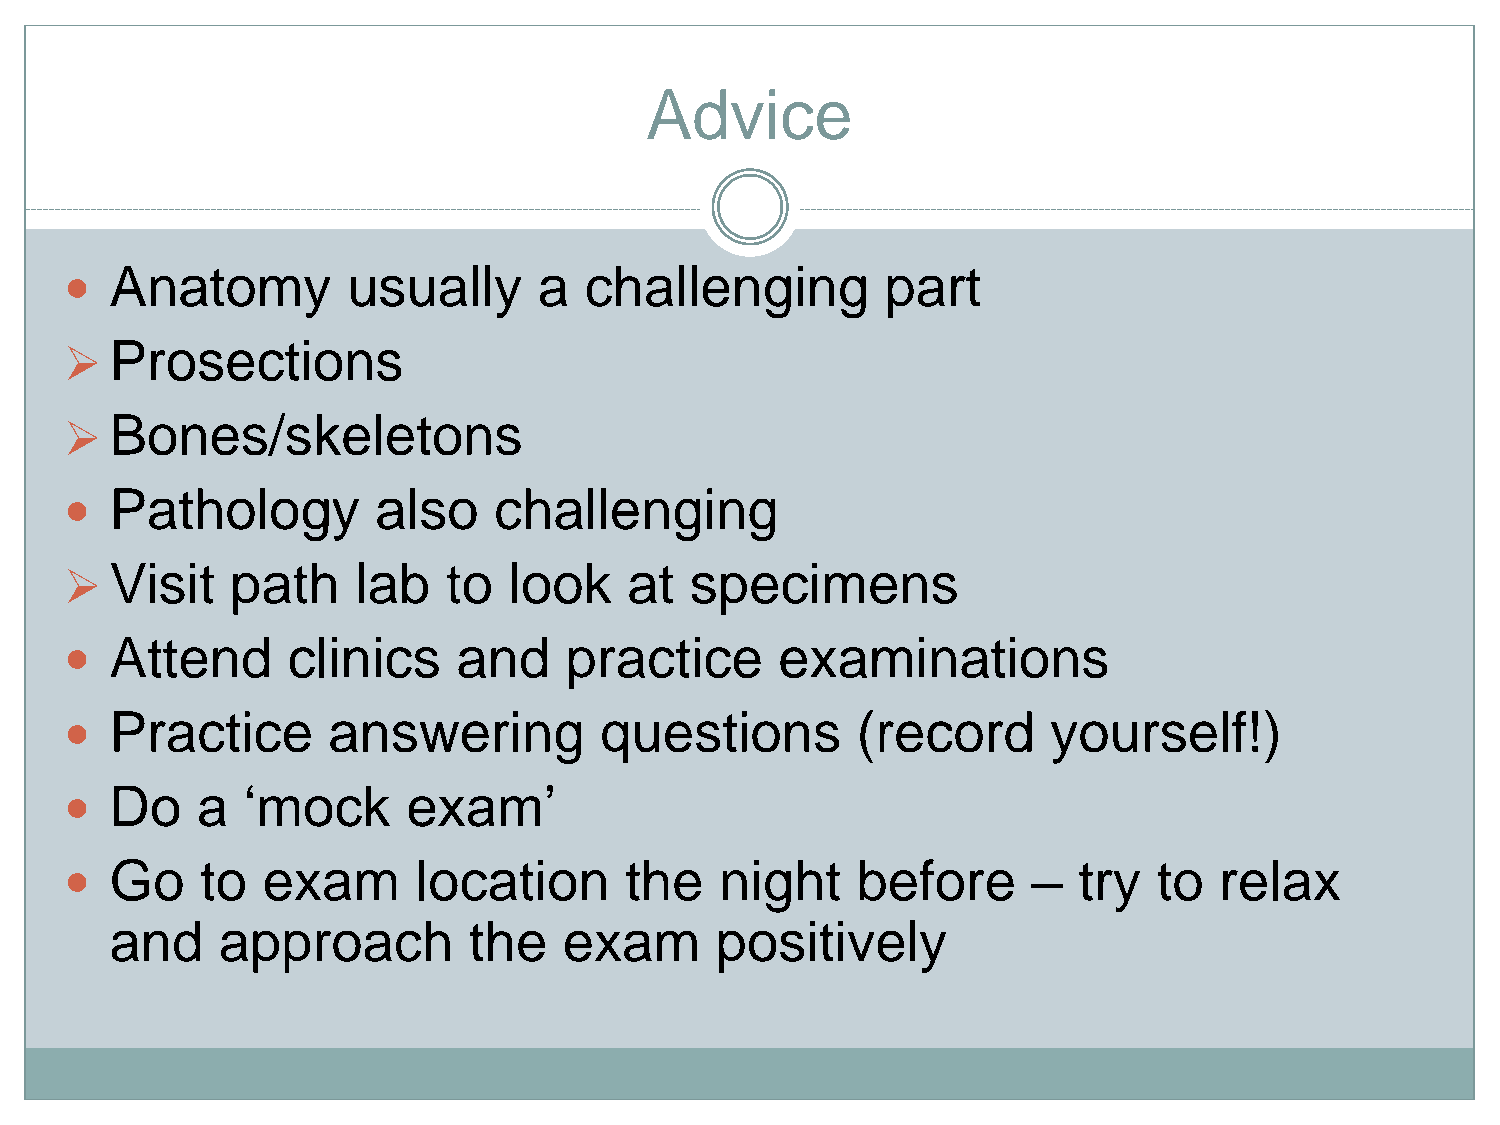
Advice
 Anatomy         usually      a  challenging         part
 
 Prosections
 ➢
 Bones/skeletons
 ➢
 Pathology         also    challenging
 
 Visit   path     lab   to  look    at  specimens
 ➢
 Attend      clinics    and    practice       examinations
 
 Practice       answering         questions        (record      yourself!)
 
 Do    a  ‘mock      exam’
 
 Go    to  exam       location     the    night    before     –  try   to  relax
 
 and    approach         the   exam      positively